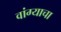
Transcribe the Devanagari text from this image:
वांग्याचा